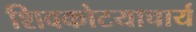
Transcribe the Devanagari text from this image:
शिवकोटयाचार्य